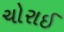
ચોરાઈ